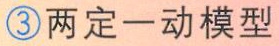
\textcircled{3}两定一动模型